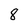
Character: 8